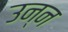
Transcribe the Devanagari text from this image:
उन्न